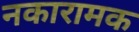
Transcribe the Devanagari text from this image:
नकारामक